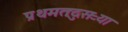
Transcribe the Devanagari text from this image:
प्रथमतःदुसऱ्या